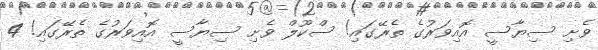
ވެށި ސިޔާސީ އޮއިވަރުގެ ތެރޭގައި! ސްކޫލް ވެށި ސިޔާސީ އޮއިވަރުގެ ތެރޭގައި! 4